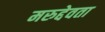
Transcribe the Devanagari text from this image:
मरुद्देवता